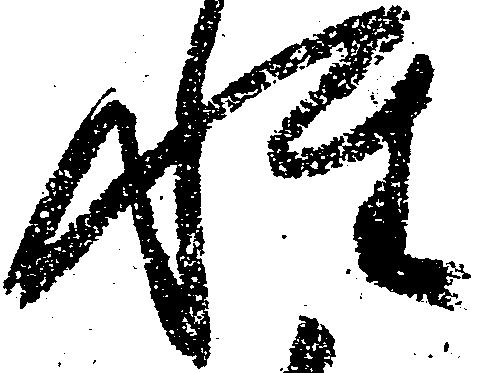
性